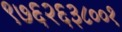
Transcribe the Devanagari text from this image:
९७६२६३८००१